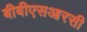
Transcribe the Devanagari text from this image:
बीबीएसआरसी